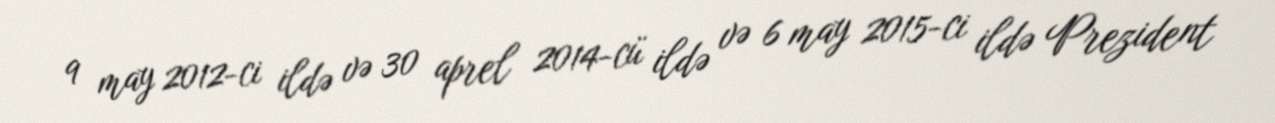
9 may 2012-ci ildə və 30 aprel 2014-cü ildə və 6 may 2015-ci ildə Prezident